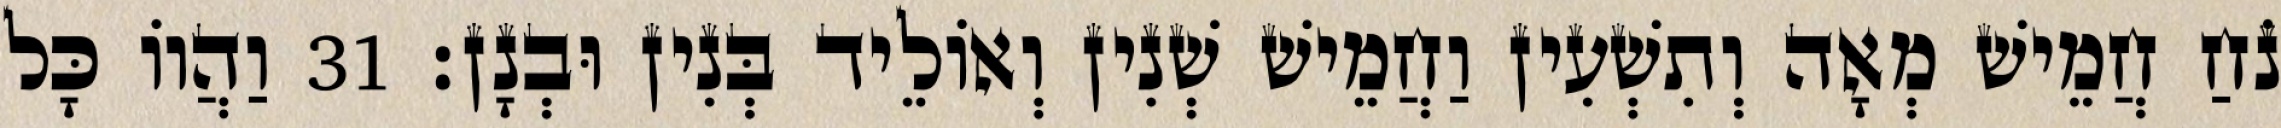
נֹחַ חֲמֵישׁ מְאָה וְתִשְׁעִין וַחֲמֵישׁ שְׁנִין וְאוֹלֵיד בְּנִין וּבְנָן׃ 31 וַהֲווֹ כָּל